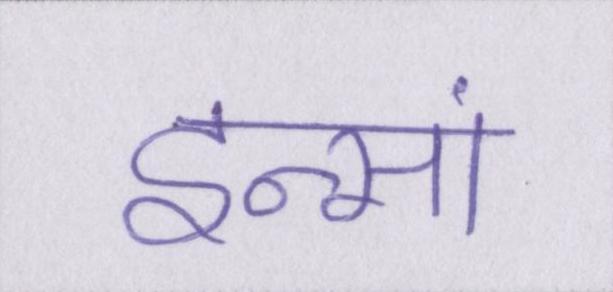
इन्सां